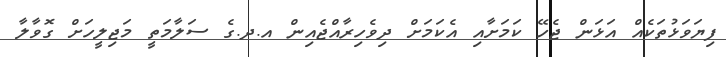
ފިޔަވަޅުތަކެއް އަޅަން ޖެހޭ ކަމަށާއި އެކަމަށް ދިވެހިރާއްޖެއިން އ.ދ.ގެ ސަލާމަތީ މަޖިލީހަށް ގޮވާލާ